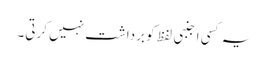
یہ کسی اجنبی لفظ کو برداشت نہیں کرتی۔